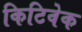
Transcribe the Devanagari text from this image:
किटिवेक